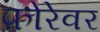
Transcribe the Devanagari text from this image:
फ़ोरेवर